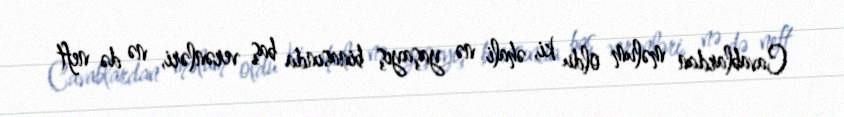
Cavablardan məlum oldu ki, əhali nə yaşayış binasında baş verənləri, nə də neft